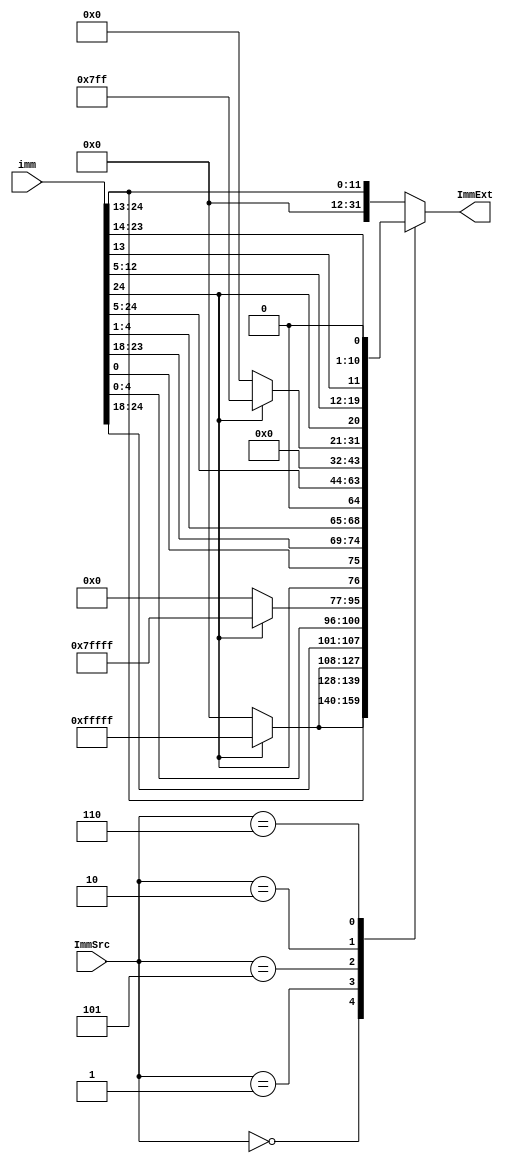
module imm_gen (
    input [24:0] imm, 
    input [2:0] ImmSrc, 
    output reg [31:0] ImmExt
    );

    always @* begin
        case(ImmSrc)
            3'b000: ImmExt = {(imm[24] ? 20'hfffff : 20'h00000), imm[24:13]};//I
            3'b001: ImmExt = {(imm[24]? 20'hfffff : 20'h00000), imm[24:18], imm[4:0]}; //S
            3'b101: ImmExt = {(imm[24]? {18'o777777, 1'b1} : {18'o000000, 1'b0}), imm[24], imm[0], imm[23:18], imm[4:1], 1'b0}; //B
            3'b010: ImmExt = {imm[24:5], 12'b0}; //U
            3'b110: ImmExt = {(imm[24]? {8'hff, 3'o7} : {8'h00, 3'o0}), imm[24], imm[12:5], imm[13], imm[23:14], 1'b0};  //J
            default: ImmExt = {20'b0, imm[24:13]};
        endcase
    end

endmodule